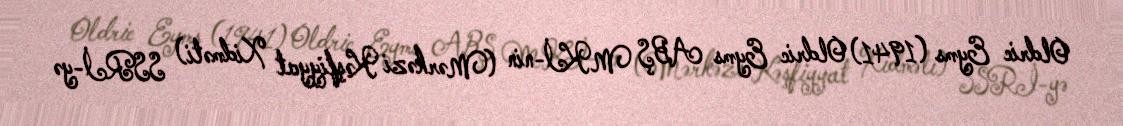
Oldric Eyms (1941) Oldric Eyms ABŞ MKİ-nin (Mərkəzi Kəşfiyyat Xidməti) SSRİ-yə